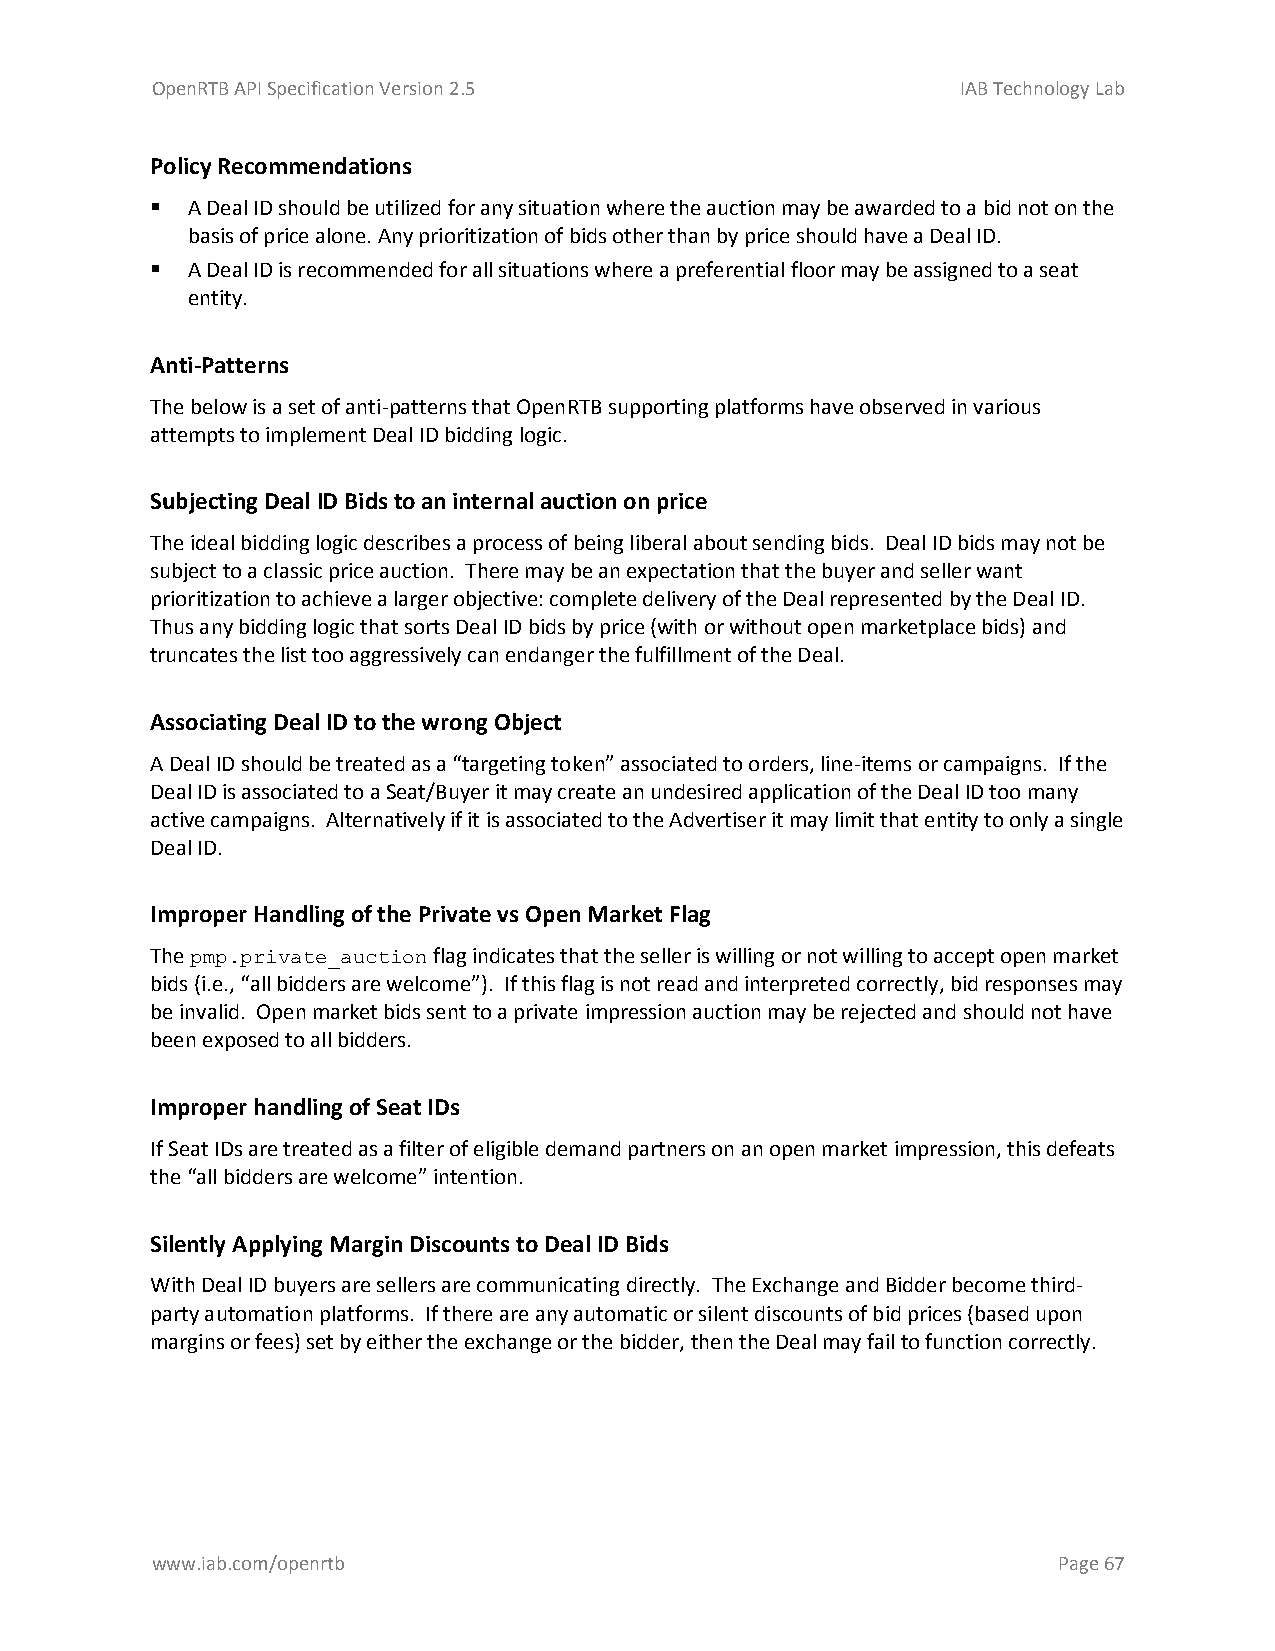
OpenRTB API Specification Version 2.5                 IAB Technology Lab
 Policy Recommendations
  A Deal ID should be utilized for any situation where the auction may be awarded to a bid not on the
 basis of price alone. Any prioritization of bids other than by price should have a Deal ID.
  A Deal ID is recommended for all situations where a preferential floor may be assigned to a seat
 entity.
 Anti-Patterns
 The below is a set of anti-patterns that OpenRTB supporting platforms have observed in various
 attempts to implement Deal ID bidding logic.
 Subjecting Deal ID Bids to an internal auction on price
 The ideal bidding logic describes a process of being liberal about sending bids. Deal ID bids may not be
 subject to a classic price auction. There may be an expectation that the buyer and seller want
 prioritization to achieve a larger objective: complete delivery of the Deal represented by the Deal ID.
 Thus any bidding logic that sorts Deal ID bids by price (with or without open marketplace bids) and
 truncates the list too aggressively can endanger the fulfillment of the Deal.
 Associating Deal ID to the wrong Object
 A Deal ID should be treated as a “targeting token” associated to orders, line-items or campaigns. If the
 Deal ID is associated to a Seat/Buyer it may create an undesired application of the Deal ID too many
 active campaigns. Alternatively if it is associated to the Advertiser it may limit that entity to only a single
 Deal ID.
 Improper Handling of the Private vs Open Market Flag
 The pmp.private_auction flag indicates that the seller is willing or not willing to accept open market
 bids (i.e., “all bidders are welcome”). If this flag is not read and interpreted correctly, bid responses may
 be invalid. Open market bids sent to a private impression auction may be rejected and should not have
 been exposed to all bidders.
 Improper handling of Seat IDs
 If Seat IDs are treated as a filter of eligible demand partners on an open market impression, this defeats
 the “all bidders are welcome” intention.
 Silently Applying Margin Discounts to Deal ID Bids
 With Deal ID buyers are sellers are communicating directly. The Exchange and Bidder become third-
 party automation platforms. If there are any automatic or silent discounts of bid prices (based upon
 margins or fees) set by either the exchange or the bidder, then the Deal may fail to function correctly.
 www.iab.com/openrtb                                         Page 67